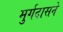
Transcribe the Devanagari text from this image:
मुर्गदासने